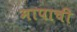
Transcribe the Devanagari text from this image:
मापाची